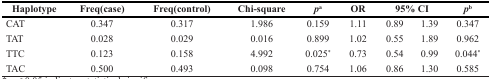
| Haplotype | Freq(case) | Freq(control) | Chi-square | pa | OR | <COLSPAN=2> 95% CI | pb |
 | --- | --- | --- | --- | --- | --- | --- | --- | --- |
 | CAT | 0.347 | 0.317 | 1.986 | 0.159 | 1.11 | 0.89 | 1.39 | 0.347 |
 | TAT | 0.028 | 0.029 | 0.016 | 0.899 | 1.02 | 0.55 | 1.89 | 0.962 |
 | TTC | 0.123 | 0.158 | 4.992 | 0.025* | 0.73 | 0.54 | 0.99 | 0.044* |
 | TAC | 0.500 | 0.493 | 0.098 | 0.754 | 1.06 | 0.86 | 1.30 | 0.585 |